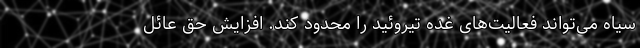
سیاه می‌تواند فعالیت‌های غده تیروئید را محدود کند. افزایش حق عائل